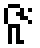
ဇူး